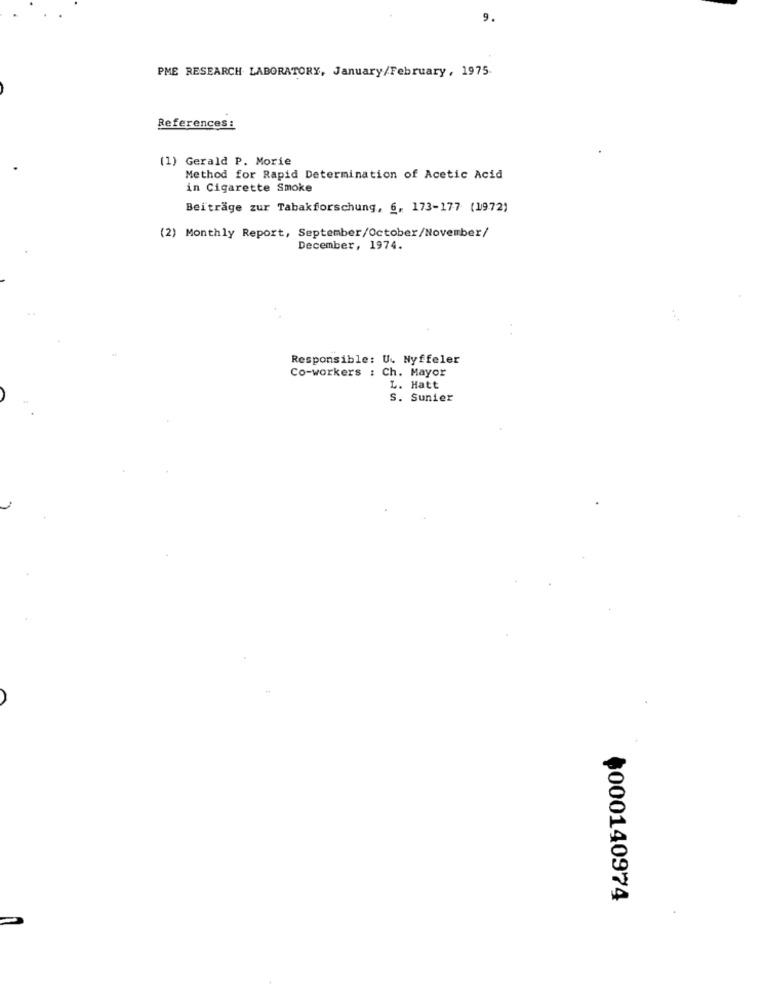
9.
PME RESEARCH LABORATORY, January/February, 1975.
References :
(1) Gerald P. Morie
Method for Rapid Determination of Acetic Acid
in Cigarette Smoke
Beiträge zur Tabakforschung, 6, 173-177 (1972)
(2) Monthly Report, September/October/November/
December, 1974.
Responsible: U. Nyffeler
Co-workers : Ch. Mayor
L. Hatt
S. Sunier
000140974